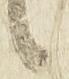
候